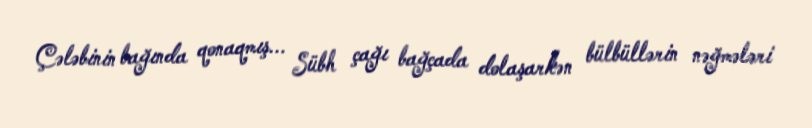
Çələbinin bağında qonaqmış... Sübh çağı bağçada dolaşarkən bülbüllərin nəğmələri